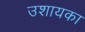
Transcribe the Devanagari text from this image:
उशायका